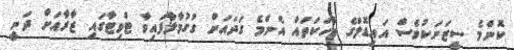
ކޮންމެ ސީޒަނަކުވެސް އައިޑޮލްގެ ވާހަކަތައް އެންމެ ގަދައަށް ގުގުމާލާފައިވާ ޓްވިޓާގައި ޒާރާއަށް ދަނީ